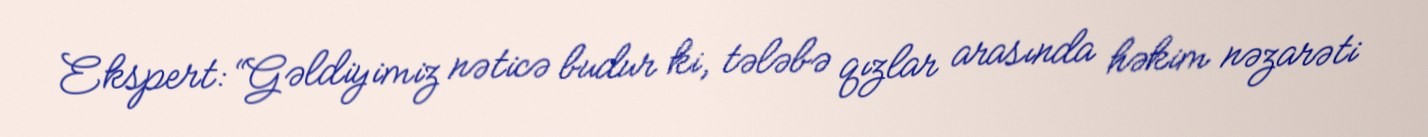
Ekspert: “Gəldiyimiz nəticə budur ki, tələbə qızlar arasında həkim nəzarəti